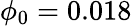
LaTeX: \phi_{0}=0.018